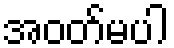
အဝတ်မပါ